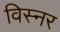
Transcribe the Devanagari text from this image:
विस्नर